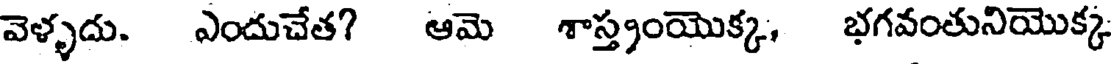
వెళ్ళదు. ఎందుచేత? ఆమె శాస్త్రంయొక్క, భగవంతునియొక్క